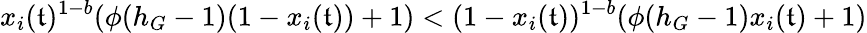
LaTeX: x_{i}(\mathfrak{t})^{1-b}(\phi(h_{G}-1)(1-x_{i}(\mathfrak{t}))+1)<(1-x_{i}(\mathfrak{t}))^{1-b}(\phi(h_{G}-1)x_{i}(\mathfrak{t})+1)